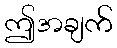
ဤအချက်